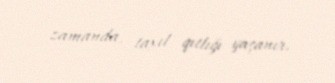
zamanda, taxıl qıtlığı yaşanır.